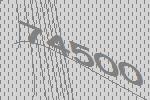
74500